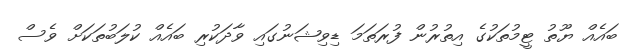
ބައެއް ޔޫތު ޓީމުތަކުގެ އިތުރުން ފުރަތަމަ ޑިވިޝަނުގައި ވާދަކުރި ބައެއް ކުލަބުތަކަށް ވެެސް